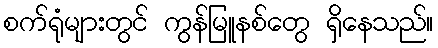
စက်ရုံများတွင် ကွန်မြူနစ်တွေ ရှိနေသည်။